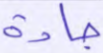
جادة